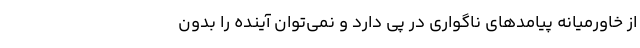
از خاورمیانه پیامدهای ناگواری در پی دارد و نمی‌توان آینده را بدون